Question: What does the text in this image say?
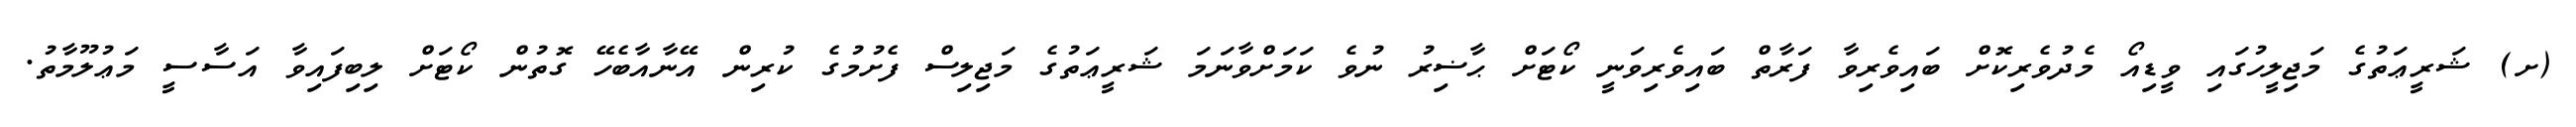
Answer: (ށ) ޝަރީޢަތުގެ މަޖިލީހުގައި ވީޑިއޯ މެދުވެރިކޮށް ބައިވެރިވާ ފަރާތް ބައިވެރިވަނީ ކޯޓަށް ޙާޟިރު ނުވެ ކަމަށްވާނަމަ ޝަރީޢަތުގެ މަޖިލިސް ފެށުމުގެ ކުރިން އޭނާއާބެހޭ ގޮތުން ކޯޓަށް ލިބިފައިވާ އަސާސީ މަޢުލޫމާތު.